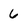
Character: 6